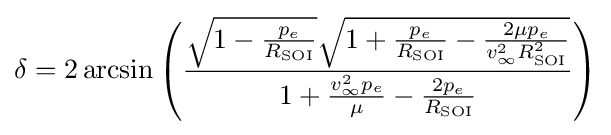
\delta =2\arcsin \left({\frac {{\sqrt {1-{\frac {p_{e}}{R_{\text{SOI}}}}}}{\sqrt {1+{\frac {p_{e}}{R_{\text{SOI}}}}-{\frac {2\mu p_{e}}{v_{\infty }^{2}R_{\text{SOI}}^{2}}}}}}{1+{\frac {v_{\infty }^{2}p_{e}}{\mu }}-{\frac {2p_{e}}{R_{\text{SOI}}}}}}\right)